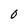
Character: 0